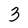
Character: 3